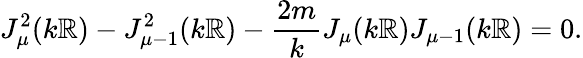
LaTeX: J_{\mu}^{2}(k\mathbb{R})-J_{\mu-1}^{2}(k\mathbb{R})-\frac{{2m}}{{k}}J_{\mu}(k\mathbb{R})J_{\mu-1}(k\mathbb{R})=0.